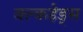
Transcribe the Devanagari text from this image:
बल्‍कहेड्स